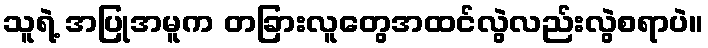
သူရဲ့ အပြုအမူက တခြားလူတွေအထင်လွဲလည်းလွဲစရာပဲ။